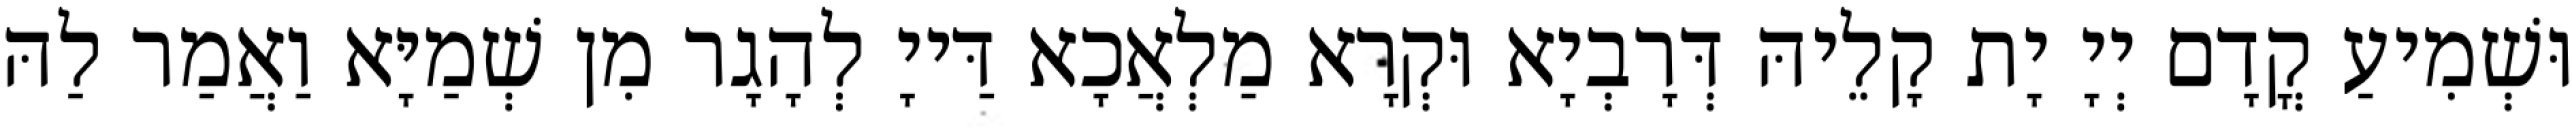
וּשְׁמִיעַ קֳדָם יְיָ יָת קָלֵיהּ דְּרָבְיָא וּקְרָא מַלְאֲכָא דַּייָ לְהָגָר מִן שְׁמַיָּא וַאֲמַר לַהּ